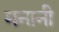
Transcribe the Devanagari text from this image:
मनानी